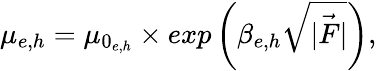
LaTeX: \mu_{e,h}=\mu_{0_{e,h}}\times exp\left(\beta_{e,h}\sqrt{\vec{|F|}}\right),